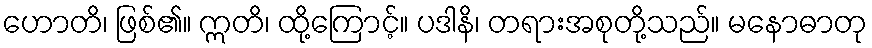
ဟောတိ၊ ဖြစ်၏။ ဣတိ၊ ထို့ကြောင့်။ ပဒါနိ၊ တရားအစုတို့သည်။ မနောဓာတု